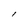
Character: l